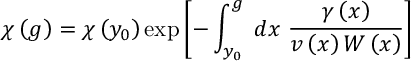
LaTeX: \chi \left( g \right) = \chi \left( y _ { 0 } \right) \exp \left[ - \int _ { y _ { 0 } } ^ { g } \; d x \; \frac { \gamma \left( x \right) } { v \left( x \right) W \left( x \right) } \right]